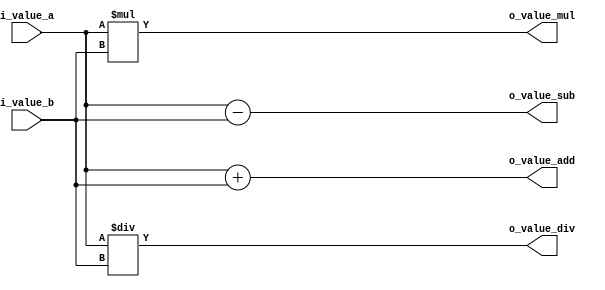
//////////////////////////////////////////////////////////////////////////////////
// Company: Personal
//
// Create Date:
// Design Name: combi_test
// Module Name: combi_test
// Project Name:
// Target Devices:
// Tool Versions:
// Description: combi test
// Dependencies:
//
// Revision:
// Revision 0.01 - File Created
// Additional Comments:
//
//////////////////////////////////////////////////////////////////////////////////
// https://documentation-rp-test.readthedocs.io/en/latest/tutorfpga04.html
// https://personal.utdallas.edu/~jxw143630/index_files/Page5212.htm
// https://www.chipverify.com/verilog/verilog-operators
// http://www.asic-world.com/verilog/operators1.html

`timescale 1ns / 1ps

module combi_test_1(
	input 	[7:0] i_value_a		,
	input 	[7:0] i_value_b		,
    output  [7:0] o_value_add	,
    output  [7:0] o_value_sub	,
    output  [7:0] o_value_mul	,
    output  [7:0] o_value_div	
    );

reg  [7:0] r_value_add	;
reg  [7:0] r_value_sub	;
reg  [7:0] r_value_mul	;
reg  [7:0] r_value_div	;

always @(*) begin
	r_value_add = i_value_a + i_value_b;
	r_value_sub = i_value_a - i_value_b;
	r_value_mul = i_value_a * i_value_b;
	r_value_div = i_value_a / i_value_b;
end

assign o_value_add = r_value_add;
assign o_value_sub = r_value_sub;
assign o_value_mul = r_value_mul;
assign o_value_div = r_value_div; 

endmodule